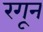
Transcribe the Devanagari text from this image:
रगून